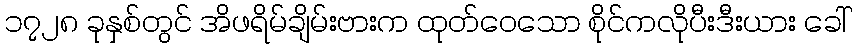
၁၇၂၈ ခုနှစ်တွင် အိဖရိမ်ချိမ်းဗားက ထုတ်ဝေသော စိုင်ကလိုပီးဒီးယား ခေါ်